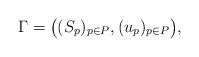
\begin{align*}\Gamma = \big( (S_p)_{p \in P}, (u_p)_{p \in P} \big),\end{align*}